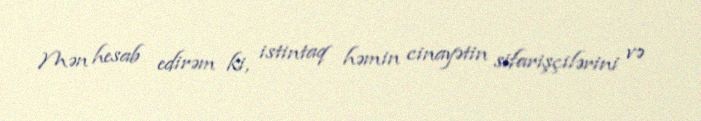
Mən hesab edirəm ki, istintaq həmin cinayətin sifarişçilərini və